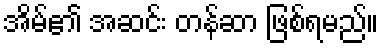
အိမ်၏ အဆင်း တန်ဆာ ဖြစ်ရမည်။